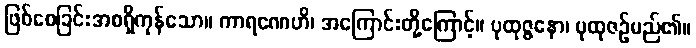
ဖြစ်စေခြင်းအစရှိကုန်သော။ ကာရဏေဟိ၊ အကြောင်းတို့ကြောင့်။ ပုထုဇ္ဇနော၊ ပုထုဇဉ်မည်၏။